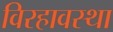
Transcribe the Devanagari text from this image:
विरहावस्था